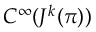
C ^ { \infty } ( J ^ { k } ( \pi ) )